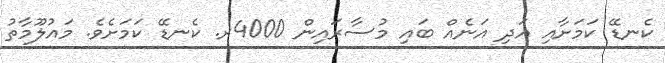
ކެނޑޭ ކަމަށާއި އަދި އަނެއް ބައި މުސާރައިން 4000ރ. ކެނޑޭ ކަމަށެވެ. މައުލޫމާތު